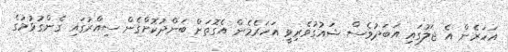
އަހަރެން އެ ޖަލުގައި އަބަދުވެސް ޝައުގުވެރިވީ އަހަރެމެން އެގޮތަށް ބަންދުކޮށްގެން ސިއްރުގައި ގެންގުޅުމުގެ